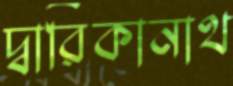
দ্বারিকানাথ